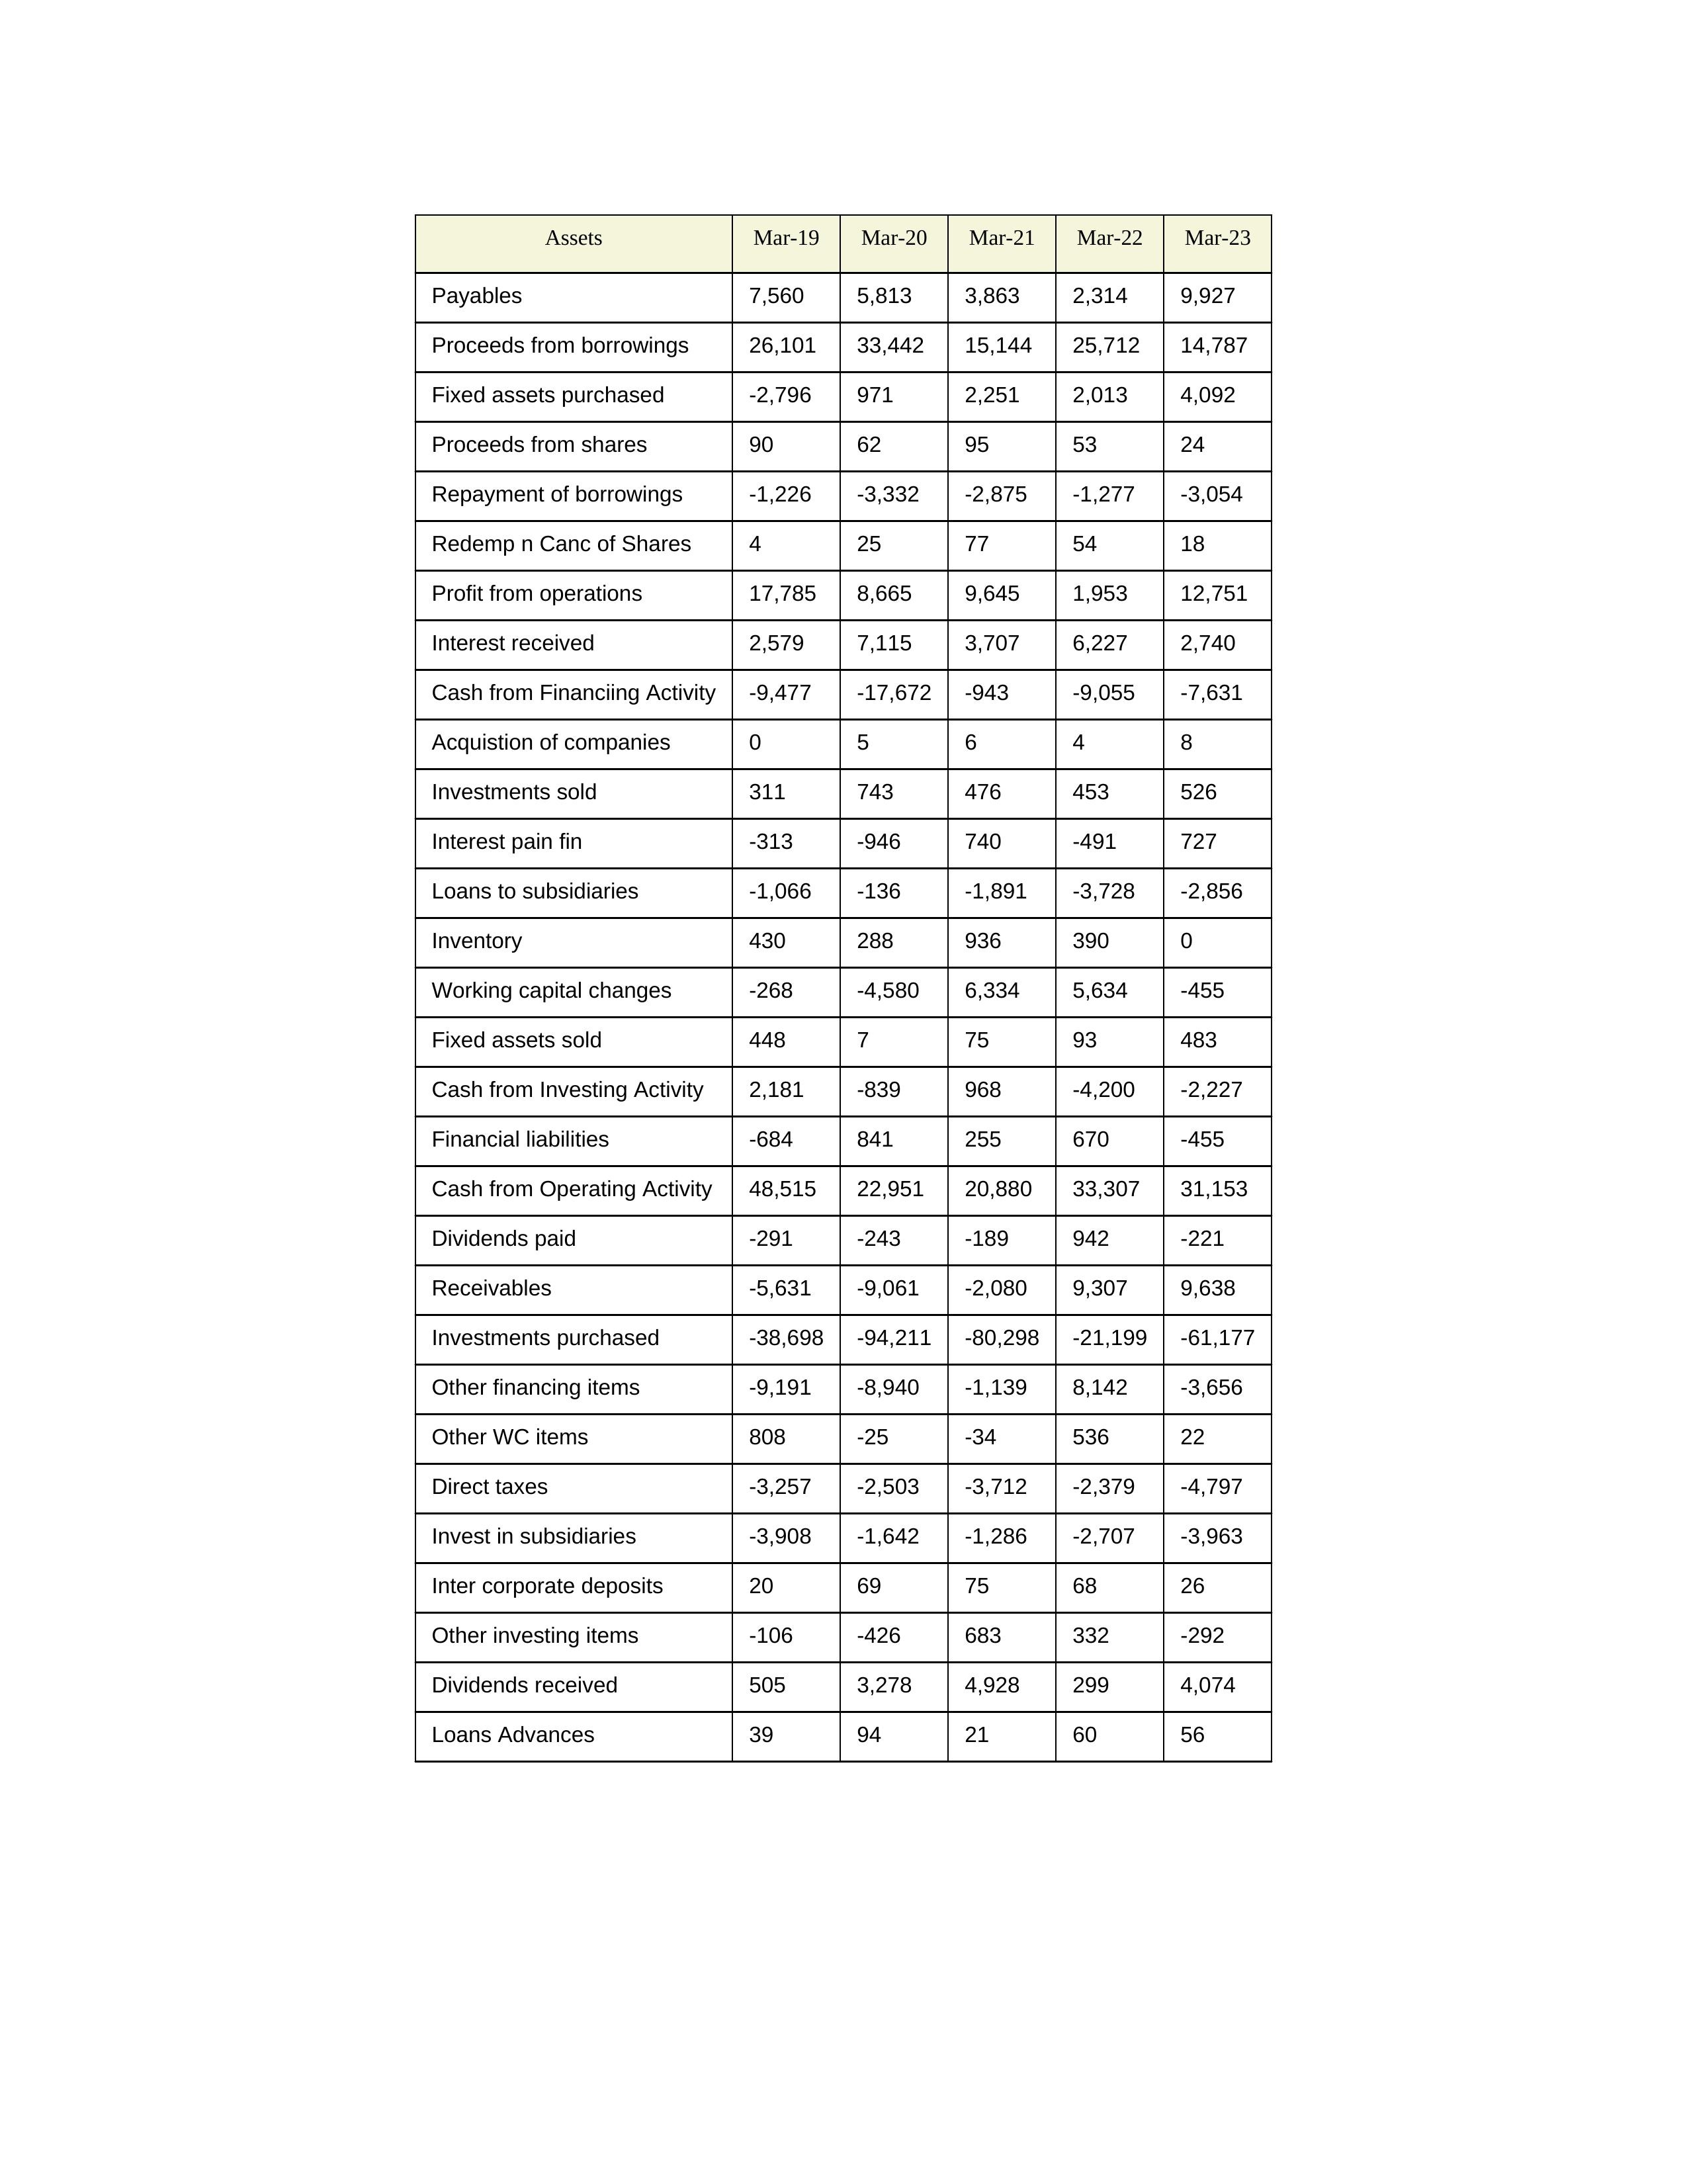
gt_parse: Mar-19: Cash from Operating Activity: 48,515
Profit from operations: 17,785
Receivables: -5,631
Inventory: 430
Payables: 7,560
Loans Advances: 39
Other WC items: 808
Working capital changes: -268
Direct taxes: -3,257
Cash from Investing Activity: 2,181
Fixed assets purchased: -2,796
Fixed assets sold: 448
Investments purchased: -38,698
Investments sold: 311
Interest received: 2,579
Dividends received: 505
Invest in subsidiaries: -3,908
Loans to subsidiaries: -1,066
Redemp n Canc of Shares: 4
Acquistion of companies: 0
Inter corporate deposits: 20
Other investing items: -106
Cash from Financiing Activity: -9,477
Proceeds from shares: 90
Proceeds from borrowings: 26,101
Repayment of borrowings: -1,226
Interest pain fin: -313
Dividends paid: -291
Financial liabilities: -684
Other financing items: -9,191
Mar-20: Cash from Operating Activity: 22,951
Profit from operations: 8,665
Receivables: -9,061
Inventory: 288
Payables: 5,813
Loans Advances: 94
Other WC items: -25
Working capital changes: -4,580
Direct taxes: -2,503
Cash from Investing Activity: -839
Fixed assets purchased: 971
Fixed assets sold: 7
Investments purchased: -94,211
Investments sold: 743
Interest received: 7,115
Dividends received: 3,278
Invest in subsidiaries: -1,642
Loans to subsidiaries: -136
Redemp n Canc of Shares: 25
Acquistion of companies: 5
Inter corporate deposits: 69
Other investing items: -426
Cash from Financiing Activity: -17,672
Proceeds from shares: 62
Proceeds from borrowings: 33,442
Repayment of borrowings: -3,332
Interest pain fin: -946
Dividends paid: -243
Financial liabilities: 841
Other financing items: -8,940
Mar-21: Cash from Operating Activity: 20,880
Profit from operations: 9,645
Receivables: -2,080
Inventory: 936
Payables: 3,863
Loans Advances: 21
Other WC items: -34
Working capital changes: 6,334
Direct taxes: -3,712
Cash from Investing Activity: 968
Fixed assets purchased: 2,251
Fixed assets sold: 75
Investments purchased: -80,298
Investments sold: 476
Interest received: 3,707
Dividends received: 4,928
Invest in subsidiaries: -1,286
Loans to subsidiaries: -1,891
Redemp n Canc of Shares: 77
Acquistion of companies: 6
Inter corporate deposits: 75
Other investing items: 683
Cash from Financiing Activity: -943
Proceeds from shares: 95
Proceeds from borrowings: 15,144
Repayment of borrowings: -2,875
Interest pain fin: 740
Dividends paid: -189
Financial liabilities: 255
Other financing items: -1,139
Mar-22: Cash from Operating Activity: 33,307
Profit from operations: 1,953
Receivables: 9,307
Inventory: 390
Payables: 2,314
Loans Advances: 60
Other WC items: 536
Working capital changes: 5,634
Direct taxes: -2,379
Cash from Investing Activity: -4,200
Fixed assets purchased: 2,013
Fixed assets sold: 93
Investments purchased: -21,199
Investments sold: 453
Interest received: 6,227
Dividends received: 299
Invest in subsidiaries: -2,707
Loans to subsidiaries: -3,728
Redemp n Canc of Shares: 54
Acquistion of companies: 4
Inter corporate deposits: 68
Other investing items: 332
Cash from Financiing Activity: -9,055
Proceeds from shares: 53
Proceeds from borrowings: 25,712
Repayment of borrowings: -1,277
Interest pain fin: -491
Dividends paid: 942
Financial liabilities: 670
Other financing items: 8,142
Mar-23: Cash from Operating Activity: 31,153
Profit from operations: 12,751
Receivables: 9,638
Inventory: 0
Payables: 9,927
Loans Advances: 56
Other WC items: 22
Working capital changes: -455
Direct taxes: -4,797
Cash from Investing Activity: -2,227
Fixed assets purchased: 4,092
Fixed assets sold: 483
Investments purchased: -61,177
Investments sold: 526
Interest received: 2,740
Dividends received: 4,074
Invest in subsidiaries: -3,963
Loans to subsidiaries: -2,856
Redemp n Canc of Shares: 18
Acquistion of companies: 8
Inter corporate deposits: 26
Other investing items: -292
Cash from Financiing Activity: -7,631
Proceeds from shares: 24
Proceeds from borrowings: 14,787
Repayment of borrowings: -3,054
Interest pain fin: 727
Dividends paid: -221
Financial liabilities: -455
Other financing items: -3,656